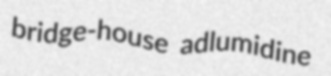
bridge-house adlumidine